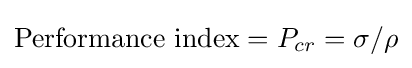
{\text{Performance index}}=P_{cr}=\sigma /\rho